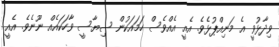
ވިދާޅުވީ އެ މަނިއްޕުޅެވެ. އެއީ އެއްވެސް ހަމައަކުން ސިޔާސީ ވާހަކައެއް ނޫނެވެ. އެއީ